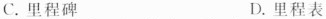
C.里程碑 D.里程表